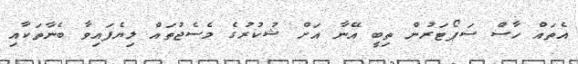
އެތައް ހާސް ސަޕޯޓަރުން ތިބީ އޭނާ އަށް ޝުކުރުގެ މެސެޖުތައް ލިޔެފައިވާ ބެނާތަކާއި